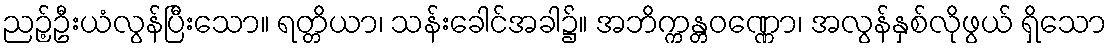
ညဉ့်ဦးယံလွန်ပြီးသော။ ရတ္တိယာ၊ သန်းခေါင်အခါ၌။ အဘိက္ကန္တဝဏ္ဏော၊ အလွန်နှစ်လိုဖွယ် ရှိသော